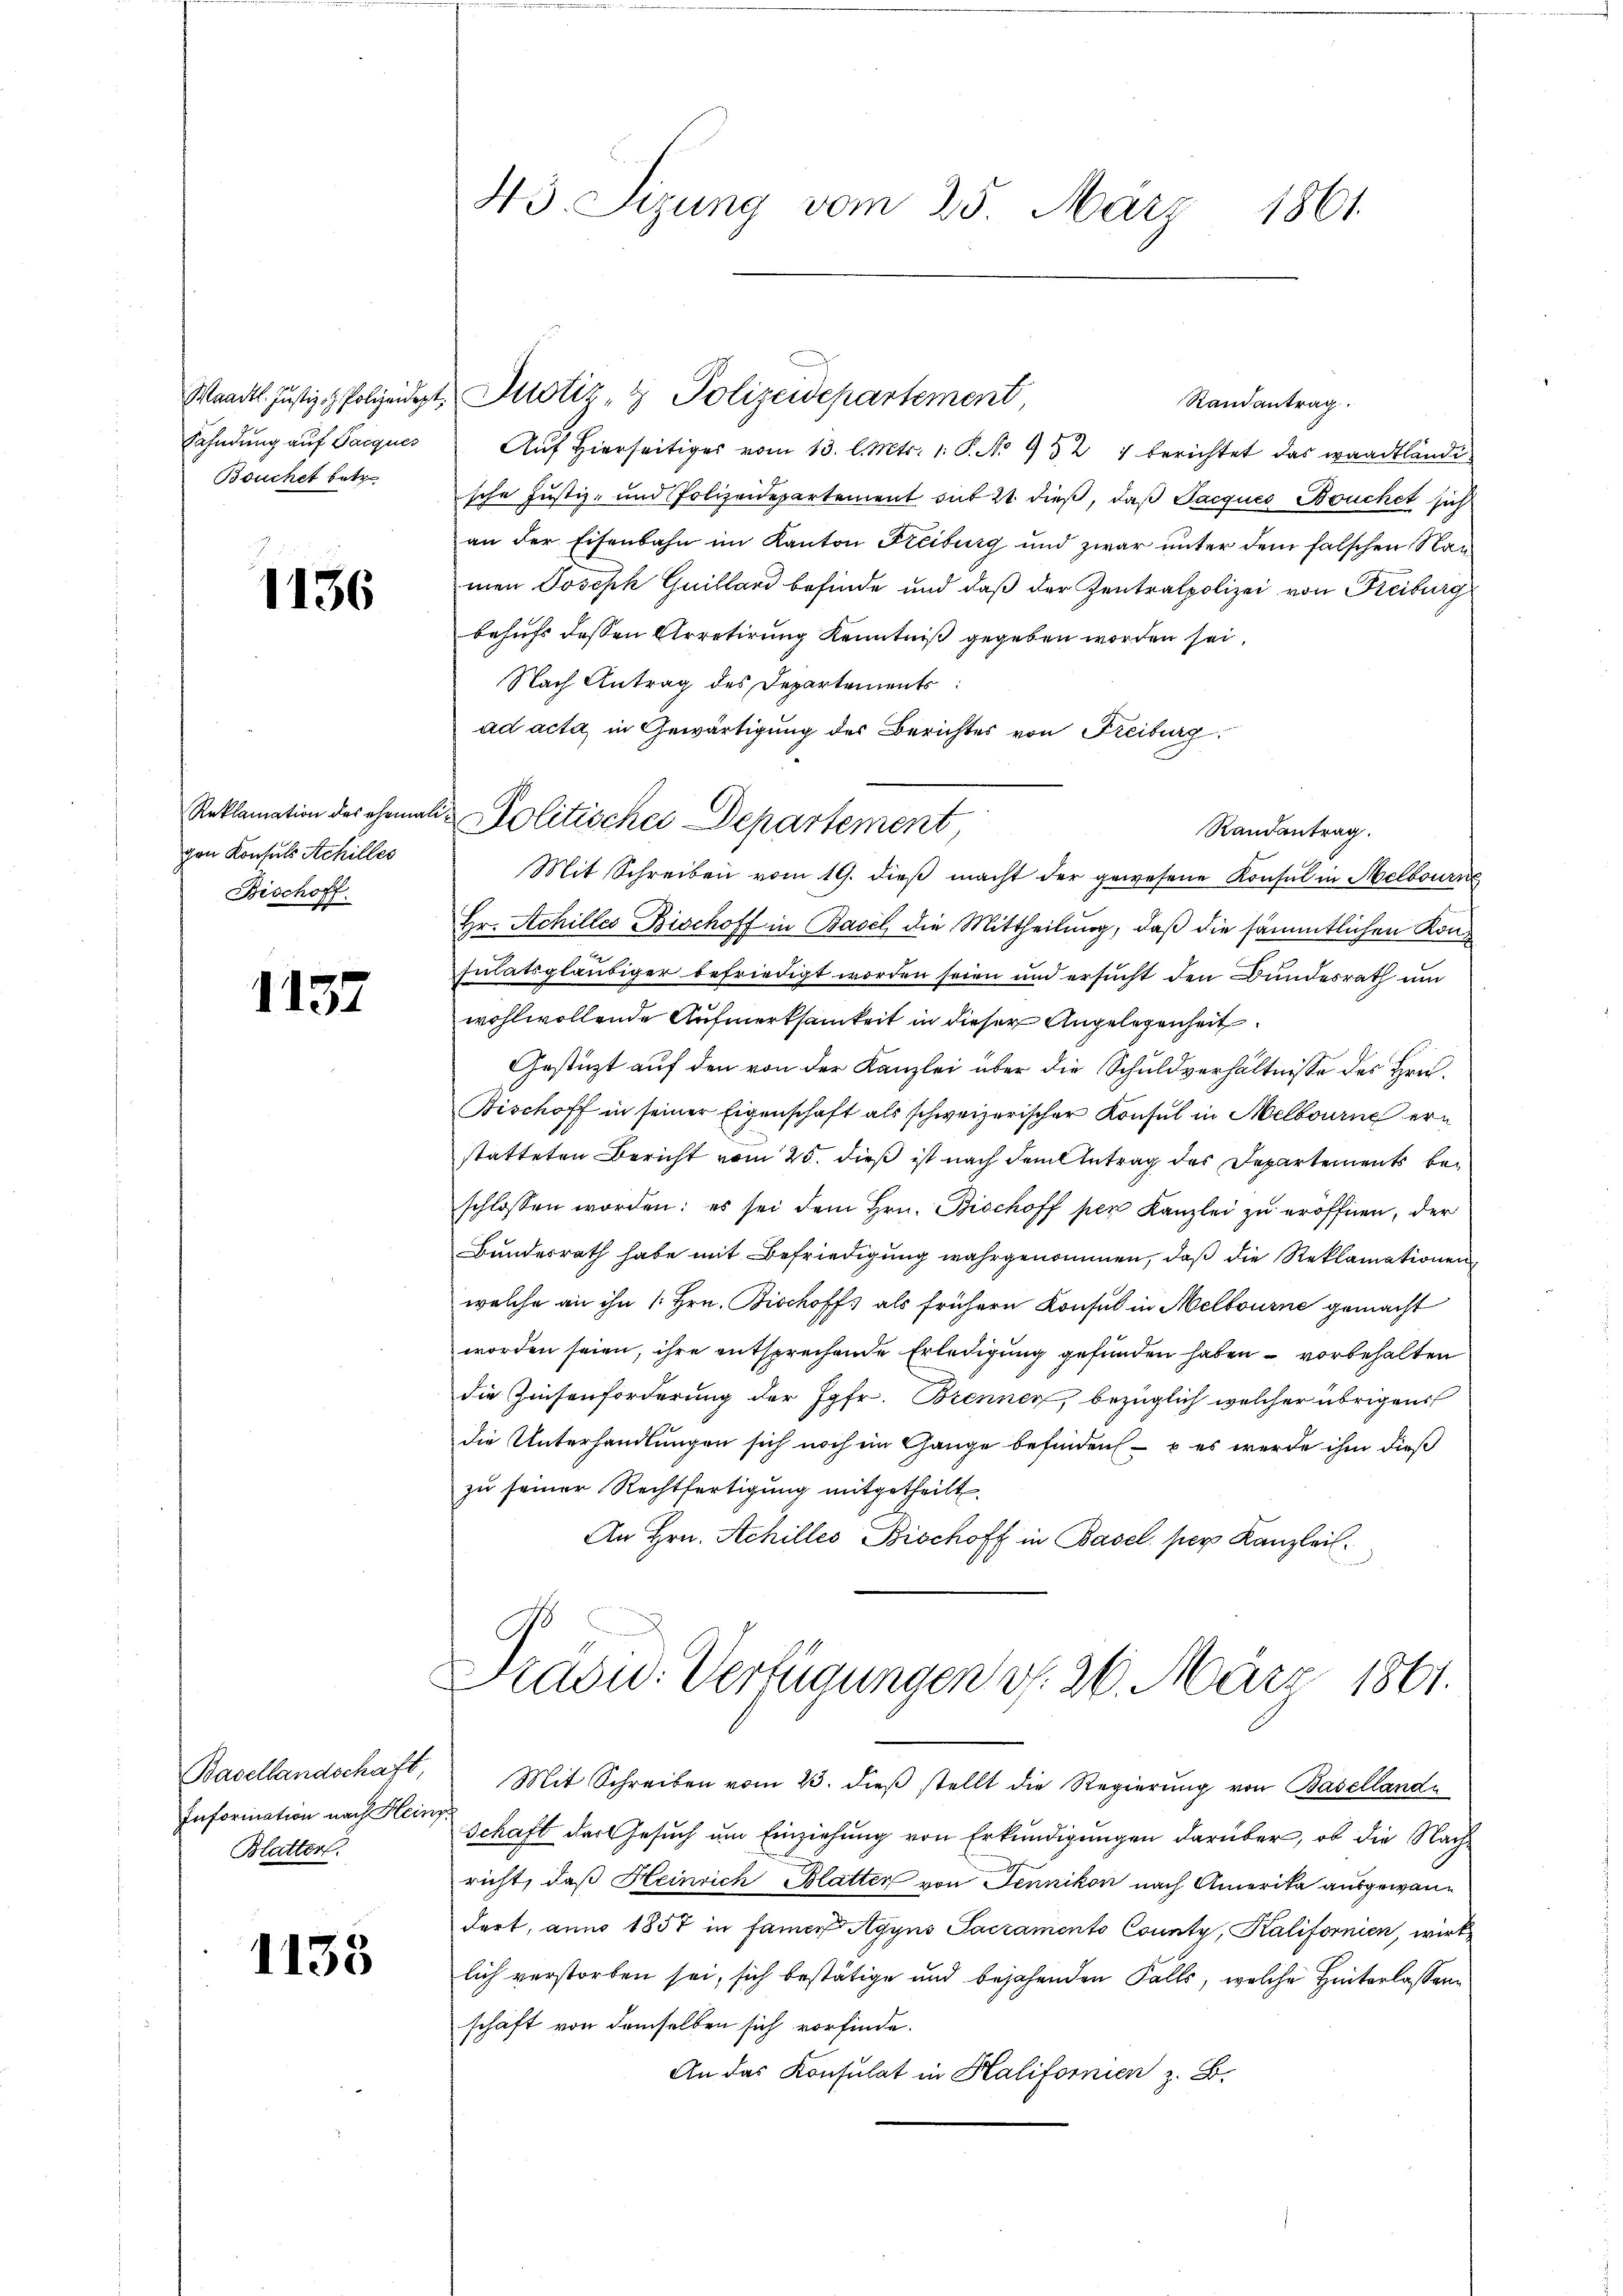
Bouchet betr.

1136

gen Konsuls Achilles
Bischoff

1137

Information nach Heinz
Blatten.

1133

43. Sizung vom 25. März 1861.

Randantrag.
Fahndŭng aŭf Sarques Aŭf hierseitiges vom 13. l. Mts. 1. P. No 932 1 berichtet das waadtländi
sche Justiz- und Polizeidepartement mit 21 dieß, daß Jacques Bouchet sich
an der Eisenbahn im Kanton Freiburg und zwar unter dem falschen Namen Joseph Guillard befinde und daß der Zentralpolizei von Freiburg
behufs dessen Arretirung Kenntniß gegeben worden sei,
Nach Antrag des Departements
ad acta in Gewärtigung des Berichtes von Freiburg
Randantrag.
Mit Schreiben vom 19. dieβ macht der gewesene Konsul in Melbourse
Hr. Achiller Bischoff in Basel die Mittheilung, daß die sämmtlichen Konsulatsgläubiger befriedigt worden seien und ersucht den Bundesrath um
wohlwollende Aufmerksamkeit in dieser Angelegenheit
Gestürzt auf den von der Kanzlei über die Schuldverhältnisse des Hrn.
Bischoff in seiner Eigenschaft als schweizerischer Konsul in Melbourne erstatteten Bericht vom 25. dieß ist nach dem Antrag des Departements beschlossen worden: es sei dem Hrn. Bischoff per Kanzlei zu eröffnen, der
Bundesrath habe mit Befriedigung wahrgenommen, daß die Reklamationen
welche an ihn /: Hrn. Bischoffs als frühern Konsul in Melbourne gemacht
worden seien, ihre entsprechende Erledigung gefunden haben – vorbehalten
die Zinsenforderung der Jgfr. Brennen, bezüglich welcher übrigens
die Unterhandlungen sich noch im Gange befinden   es werde ihm dieß
zu seiner Rechtfertigung mitgetheilt.
An Hrn. Achilles Bischoff in Basel per Kanzleil¬
Drädw. Verfügungen v. 26. März 1861.
Basellandschaft, Mit Schreiben vom 23. dieβ stellt die Regierŭng von Baselland
Schaft der Gesuch um Einziehung von Erkundigungen darüber, ob die Nachricht, daß Heinrich Blatter von Jennikon nach Amerika ausgewandert, anno 1857 in famer Agyns Sacraments County, Kalifornien, wirk
lich verstorben sei, sich bestätige und bejahenden Falls, welche Hinterlassen
schaft von demselben sich vorfinde.
An das Konsulat in Halifornien z. B.

Waadt. Justiz & Polizeidet, Motiz & Polizeidepartement,

Reklamation des ehemals Politischer Departement,